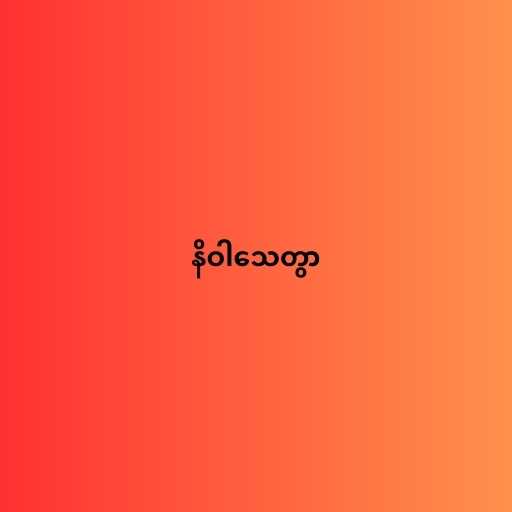
နိဝါသေတွာ